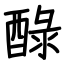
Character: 醁